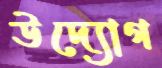
উদ্যোগ